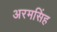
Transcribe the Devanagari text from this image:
अरमसिंह